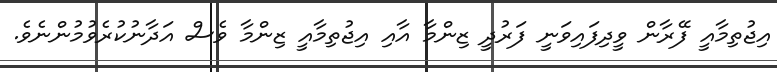
އިޖުތިމާއީ ފޭރާން ވީދިފައިވަނީ ފަރުދީ ޒިންމާ އާއި އިޖުތިމާއީ ޒިންމާ ވެސް އަދާނުކުރެވުމުންނެވެ.